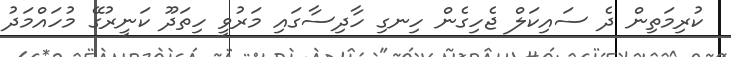
ކުރިމަތިން ދެ ސައިކަލް ޖެހިގެން ހިނގި ހާދިސާގައި މަރުވީ ހިތަދޫ ކަނީރުގޭ މުހައްމަދު